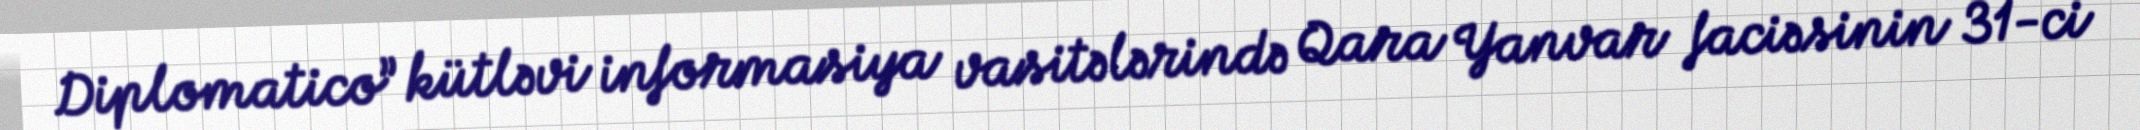
Diplomatico” kütləvi informasiya vasitələrində Qara Yanvar faciəsinin 31-ci